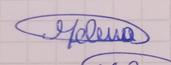
Signature authenticity: genuine